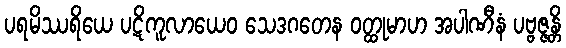
ပရမိဿရိယေ ပဋိကူလာယေဝ သေဒဂတေန ဝတ္ထုမာဟ အပါဏီနံ ပဗ္ဗဇ္ဇန္တိ